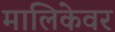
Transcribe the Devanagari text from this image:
मालिकेवर